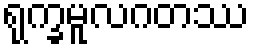
ရုက္ခမူလဂတဿ